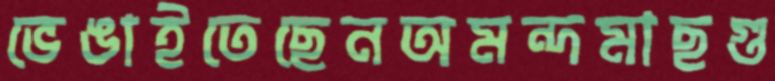
ভেঙাইতেছেনঅমন্দমাছগু